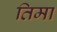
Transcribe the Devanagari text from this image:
तिमा